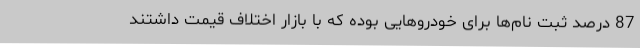
87 درصد ثبت نام‌ها برای خودروهایی بوده که با بازار اختلاف قیمت داشتند